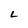
Character: L